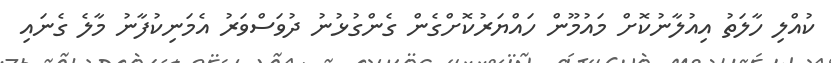
ކުއްލި ހާލަތު އިއުލާނުކޮށް މައުމޫން ހައްޔަރުކޮށްގެން ގެންގުޅުނު ދުވަސްވަރު އެމަނިކުފާނު މާލެ ގެނައި